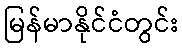
မြန်မာနိုင်ငံတွင်း